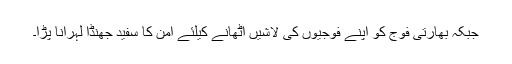
جبکہ بھارتی فوج کو اپنے فوجیوں کی لاشیں اٹھانے کیلئے امن کا سفید جھنڈا لہرانا پڑا۔